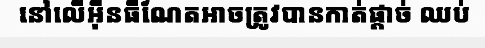
នៅលើអ៊ីនធឺណែតអាចត្រូវបានកាត់ផ្តាច់ ឈប់